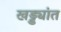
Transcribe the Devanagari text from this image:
खड्ड्यांत